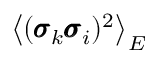
\left\langle ( \pmb { \sigma } _ { k } \pmb { \sigma } _ { i } ) ^ { 2 } \right\rangle _ { E }